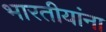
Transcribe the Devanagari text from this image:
भारतीयांंना